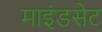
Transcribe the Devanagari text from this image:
माइंडसेट